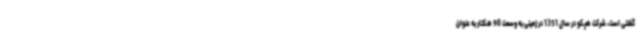
گفتنی است، شرکت هپکو در سال 1351 در زمینی به وسعت 90 هکتار به عنوان